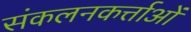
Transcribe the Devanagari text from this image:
संकलनकर्त्ताओं